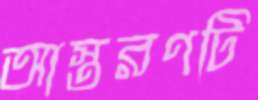
আস্তরণটি